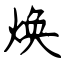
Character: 焕